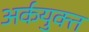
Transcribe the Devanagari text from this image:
अर्कयुक्त